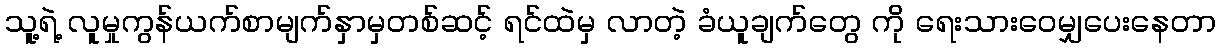
သူ့ရဲ့ လူမှုကွန်ယက်စာမျက်နှာမှတစ်ဆင့် ရင်ထဲမှ လာတဲ့ ခံယူချက်တွေ ကို ရေးသားဝေမျှပေးနေတာ